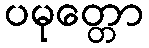
ပမုတ္တော